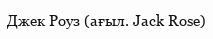
Джек Роуз (ағыл. Jack Rose)